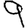
Digit: 9